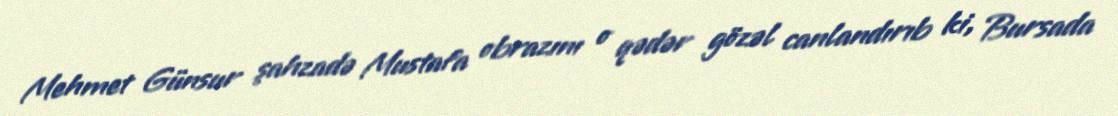
Mehmet Günsur şahzadə Mustafa obrazını o qədər gözəl canlandırıb ki, Bursada